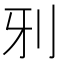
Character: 𠚾